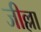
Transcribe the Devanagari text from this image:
जील्ला